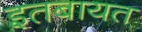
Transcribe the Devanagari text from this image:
इतबायत